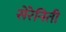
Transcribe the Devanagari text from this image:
सेरेनिती